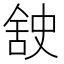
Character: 𮍸